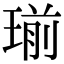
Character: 瑐